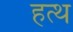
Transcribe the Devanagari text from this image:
हत्थ